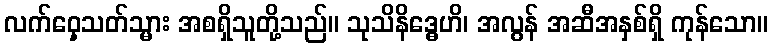
လက်ဝှေ့သတ်သ္မား အစရှိသူတို့သည်။ သုသိနိဒ္ဓေဟိ၊ အလွန် အဆီအနှစ်ရှိ ကုန်သော။